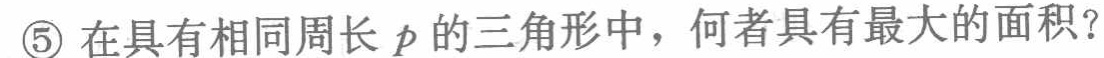
\textcircled{5} 在具有相同周长 \(p\) 的三角形中，何者具有最大的面积？